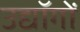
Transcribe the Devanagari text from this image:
उद्यॉगों